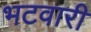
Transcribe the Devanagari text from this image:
भटवारी